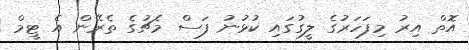
އޮތް އިރު މިފަހަރުގެ ލީގުގައި ކުޅުނު ފަސް މެޗުގެ ތެރޭން އެ ޓީމް